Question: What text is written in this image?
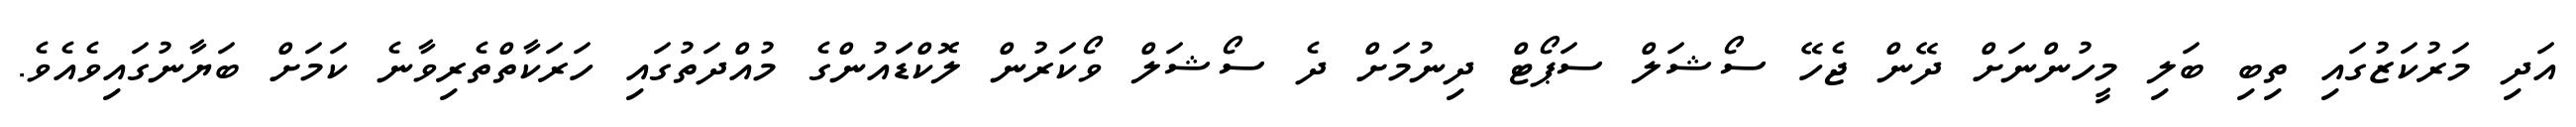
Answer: އަދި މަރުކަޒުގައި ތިބި ބަލި މީހުންނަށް ދޭން ޖެހޭ ސޯޝަލް ސަޕޯޓް ދިނުމަށް ދެ ސޯޝަލް ވޯކަރުން ލޮކްޑަައުންގެ މުއްދަތުގައި ހަރަކާތްތެރިވާނެ ކަމަށް ބަޔާނުގައިވެއެވެ.